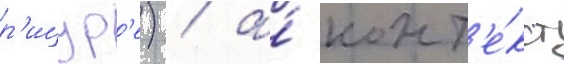
р'ицур'е) / а́ конт'е́кст